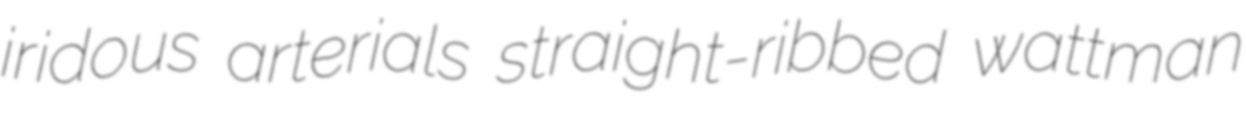
iridous arterials straight-ribbed wattman